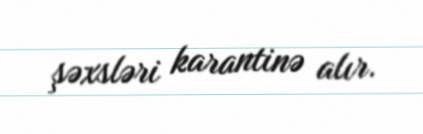
şəxsləri karantinə alır.